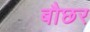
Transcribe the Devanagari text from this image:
बौछर